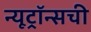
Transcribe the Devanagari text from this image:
न्यूट्रॉन्सची